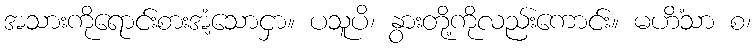
အသားကိုရောင်းစားအံ့သောငှာ။ ပသူပိ၊ နွားတို့ကိုလည်းကောင်း။ မဟိံသာ စ၊